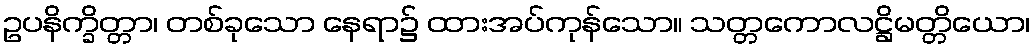
ဥပနိက္ခိတ္တာ၊ တစ်ခုသော နေရာ၌ ထားအပ်ကုန်သော။ သတ္တကောလဋ္ဌိမတ္တိယော၊